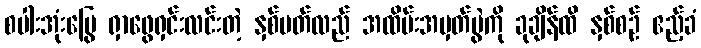
စပါးအုံးမြွေ ရှာဖွေရှင်းလင်းတဲ့ နှစ်ပတ်လည် အထိမ်းအမှတ်ပွဲကို ခုချိန်ထိ နှစ်စဉ် ဧည့်ခံ